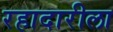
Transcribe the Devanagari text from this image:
रहादारीला